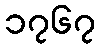
၁၇၆၇